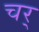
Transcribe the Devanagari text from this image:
चर्